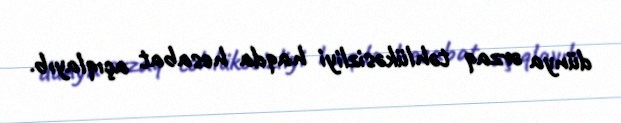
dünya ərzaq təhlükəsizliyi haqda hesabat açıqlayıb.